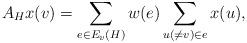
LaTeX: \begin{align*} A_Hx(v)=\sum\limits_{e\in E_v(H)}w(e)\sum\limits_{u(\ne v)\in e}x(u),\end{align*}